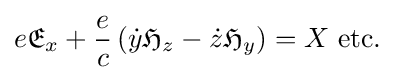
e{\mathfrak {E}}_{x}+{\frac {e}{c}}\left({\dot {y}}{\mathfrak {H}}_{z}-{\dot {z}}{\mathfrak {H}}_{y}\right)=X\ {\text{etc.}}